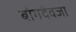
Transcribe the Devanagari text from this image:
बोगदेवजा